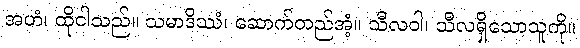
အဟံ၊ ထိုငါသည်။ သမာဒိဿံ၊ ဆောက်တည်အံ့။ သီလဝါ၊ သီလရှိသောသူကို။